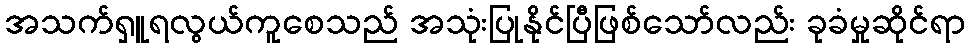
အသက်ရှူရလွယ်ကူစေသည် အသုံးပြုနိုင်ပြီဖြစ်သော်လည်း ခုခံမှုဆိုင်ရာ